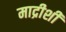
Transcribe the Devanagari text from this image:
माद्रीशी